Report on sanitation, dispensaries, and jails in Rajputana for 1910, and on vaccination for the year 1910-1911 - 1910-1911
Year: 1910
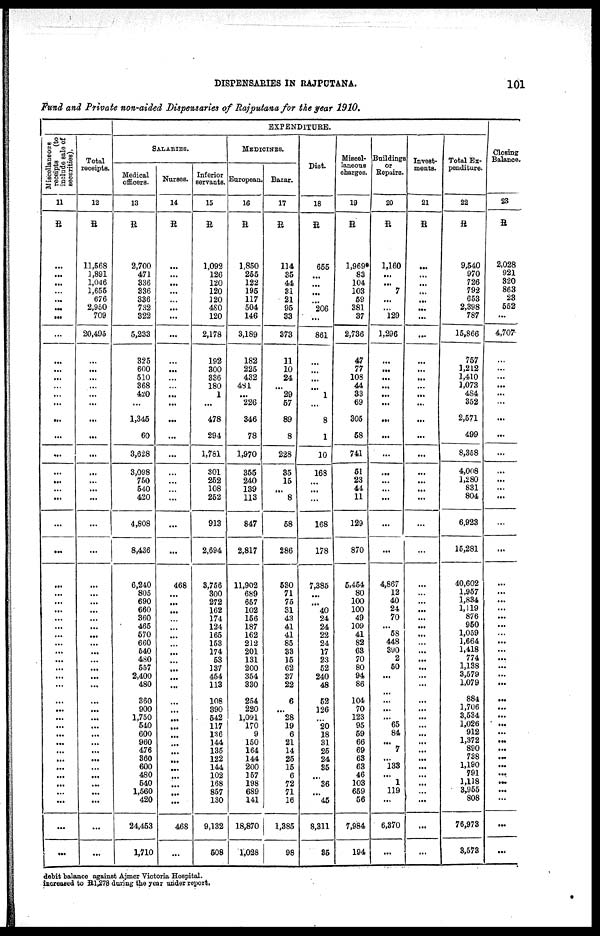
DISPENSARIES IN RAJPUTANA.
101
Fund and Private non-aided Dispensaries of Rajputana for the year 1910.
Miscellaneous
receipts
(to
include sale of
securities).
11
R
...
...
...
...
...
...
...
...
...
...
...
...
...
...
...
...
...
...
...
...
...
...
...
...
...
...
...
...
...
...
...
...
...
...
...
...
...
...
...
...
...
...
...
...
...
...
...
...
...
...
...
Total
receipts.
12
R
11,568
1,891
1,046
1,655
676
2,950
709
20,495
...
...
...
...
...
...
...
...
...
...
...
...
...
...
...
...
...
...
...
...
...
...
...
...
...
...
...
...
...
...
...
...
...
...
...
...
...
...
...
...
...
...
...
EXPENDITURE.
SALARIES.
Medical
officers.
13
R
2,700
471
336
336
336
732
322
5,233
325
600
510
368
420
...
1,345
60
3,628
3,098
750
540
420
4,808
8,436
6,240
805
690
660
360
465
570
660
540
480
557
2,400
480
360
900
1,750
540
600
960
476
360
600
480
540
1,560
420
24,453
1,710
Nurses.
14
R
...
...
...
...
...
...
...
...
...
...
...
...
...
...
...
...
...
...
...
...
...
...
...
468
...
...
...
...
...
...
...
...
...
...
...
...
...
...
...
...
...
...
...
...
...
...
...
...
468
...
Inferior
servants.
15
R
1,092
126
120
120
120
480
120
2,178
192
300
336
180
1
...
478
294
1,781
301
252
108
252
913
2,694
3,756
300
272
162
174
124
165
153
174
53
137
454
113
108
390
542
117
136
144
135
122
144
102
168
857
130
9,132
508
MEDICINES.
European.
16
R
1,850
255
122
195
117
504
146
3,189
182
225
432
481
...
226
346
78
1,970
355
240
139
113
847
2,817
11,902
689
657
102
156
187
162
212
201
131
200
354
330
254
220
1,091
170
9
150
164
144
200
157
198
689
141
18,870
1,028
Bazar.
17
R
114
35
44
31
21
95
33
373
11
10
24
...
29
57
89
8
228
35
15
...
8
58
286
530
71
75
31
43
41
41
85
33
15
62
37
22
6
...
28
19
6
21
14
25
15
6
72
71
16
1,385
98
Diet.
18
R
655
...
...
...
...
206
...
861
...
...
...
...
1
...
8
1
10
168
...
...
...
168
178
7,385
...
...
40
24
24
22
24
17
23
52
240
48
52
126
...
20
18
31
25
24
35
...
36
...
45
8,311
35
Miscel-
laneous
charges.
19
R
1,969*
83
104
103
59
381
37
2,736
47
77
108
44
33
69
305
58
741
51
23
44
11
129
870
5,454
80
100
100
49
109
41
82
63
70
80
94
86
104
70
123
95
59
66
69
63
63
46
103
659
56
7,984
194
Buildings
or
Repairs.
20
R
1,160
...
...
7
...
...
129
1,296
...
...
...
...
...
...
...
...
...
...
...
...
...
...
...
4,867
12
40
24
70
...
58
448
390
2
50
...
...
...
...
...
65
84
...
7
...
133
...
1
119
...
6,370
...
Invest-
ments.
21
R
...
...
...
...
...
...
...
...
...
...
...
...
...
...
...
...
...
...
...
...
...
...
...
...
...
...
...
...
...
...
...
...
...
...
...
...
...
...
...
...
...
...
...
...
...
...
...
...
...
...
...
Total Ex-
penditure.
22
R
9,540
970
726
792
653
2,398
787
15,866
757
1,212
1,410
1,073
484
352
2,571
499
8,358
4,008
1,280
831
804
6,923
15,281
40,602
1,957
1,834
1,119
876
950
1,059
1,664
1,418
774
1,138
3,579
1,079
884
1,706
3,534
1,026
912
1,372
890
738
1,190
791
1,118
3,955
808
76,973
3,573
Closing
Balance.
23
R
2,028
921
320
863
23
552
...
4,707
...
...
...
...
...
...
...
...
...
...
...
...
...
...
...
...
...
...
...
...
...
...
...
...
...
...
...
...
...
...
...
...
...
...
...
...
...
...
...
...
...
...
debit balance against Ajmer Victoria Hospital.
increased to R1,278 during the year under report.